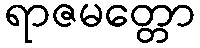
ရာဇမတ္တော